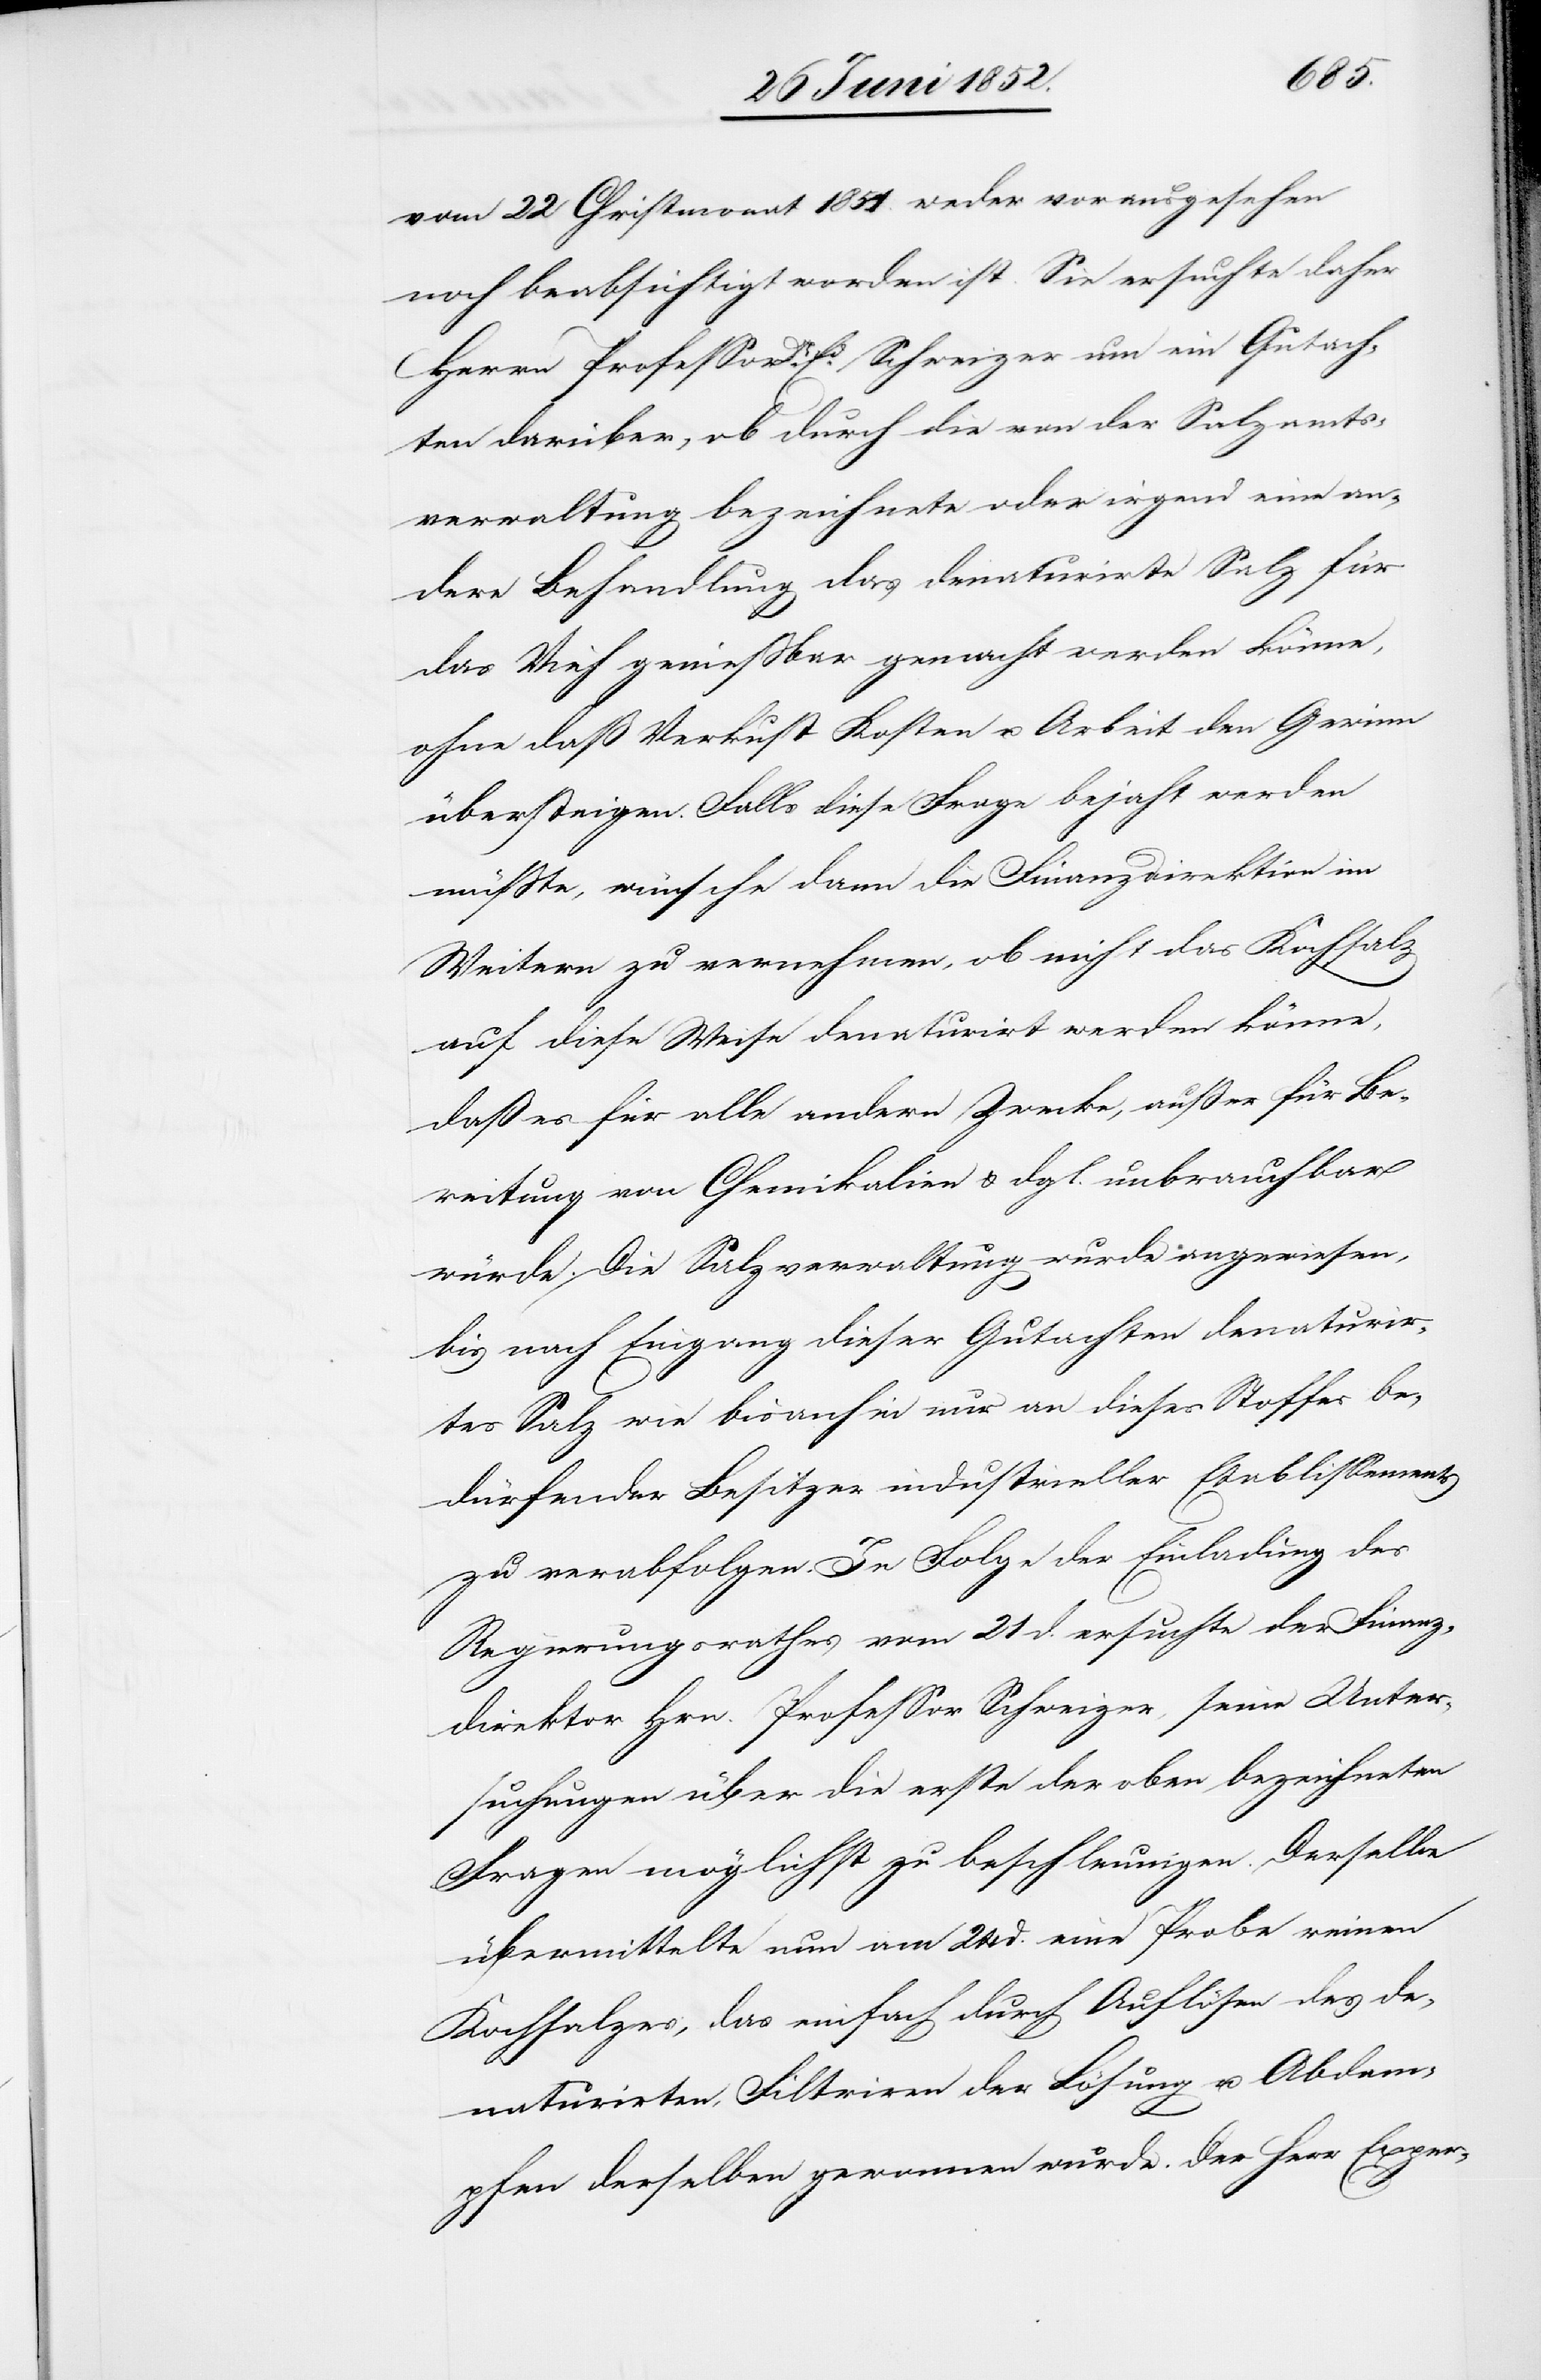
vom 22 Christmonat 1851. weder vorausgesehen
noch beabsichtigt worden ist. Sie ersuchte daher
Herrn Professor Dr. Ed. Schweizer um ein Gutach¬
ten darüber, ob durch die von der Salzamts¬
verwaltung bezeichnete oder irgend eine an¬
dere Behandlung das denaturirte Salz für
das Vieh geniessbar gemacht werden könne,
übersteigen. Falls diese Frage bejaht werden
müsste, wünsche dann die Finanzdirektion im
Weitern zu vernehmen, ob nicht das Kochsalz
auf diese Weise denaturirt werden könne,
daß es für alle andern Zwecke, außer für Be¬
reitung von Chemikalien & dgl. unbrauchbar
würde. Die Salzverwaltung wurde angewiesen,
bis nach Eingang dieser Gutachten denaturir¬
tes Salz wie bisanhin nur an dieses Stoffes be¬
dürfender Besitzer industrieller Etablissements
zu verabfolgen. In Folge der Einladung des
Regierungsrathes vom 21 d. ersuchte der Finanz¬
direktor Hrn. Professor Schweizer, seine Unter¬
suchungen über die erste der oben bezeichneten
Fragen möglichst zu beschleunigen. Derselbe
übermittelte nun am 24 d. eine Probe reinen
Kochsalzes, das einfach durch Auflösen des de¬
naturirten, Filtriren der Lösung u. Abdam¬
u.
pfen derselben gewonnen wurde. Der Herr Exper-